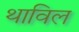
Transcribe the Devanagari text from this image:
थाविल